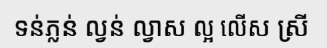
ទន់ភ្លន់ ល្វន់ ល្វាស ល្អ លើស ស្រី